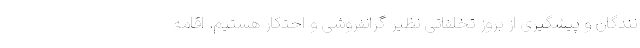
نندگان و پیشگیری از بروز تخلفاتی نظیر گرانفروشی و احتکار هستیم. اقامه